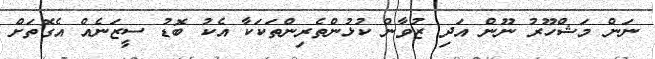
ނަން މަޝްހޫރު ނޫން އަދި ޒުވާން ކުޅުންތެރިންތަކަކާ އެކު ބޮޑު ސީޒަނެއް އެގޮތަށް